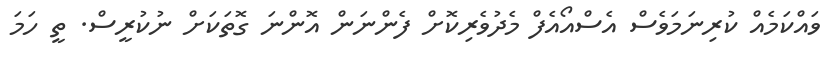
ވައްކަމެއް ކުރިނަމަވެސް އެސްއޯއެފް މެދުވެރިކޮށް ފެންނަން އޮންނަ ގޮތަކަށް ނުކުރީސް. ތީ ހަމަ